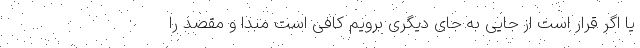
یا اگر قرار است از جایی به جای دیگری برویم کافی است مبدا و مقصد را